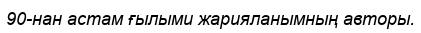
90-нан астам ғылыми жарияланымның авторы.